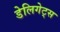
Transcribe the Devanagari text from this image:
डेलिगेट्स